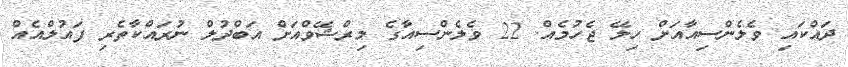
ދައްކައި ވެލެންސިއާއަށް ހިލޭ ޖެހުމެއް. 22 ވެލެންސިއާގެ މިރްޝޭވްއަށް އަބްދުލް ނުރައްކާތެރި ފައުލްއެއް